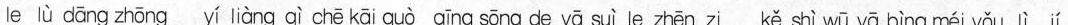
le lù dāng zhōng yí liàng qì chē kāi guò qīng sōng de yā suì le zhēn zi kě shì wū yā bìng méi yǒu lì jí